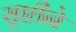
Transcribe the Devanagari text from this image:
सृष्टीने